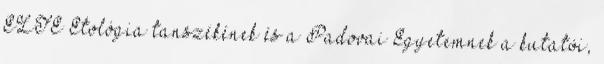
ELTE Etológia tanszékének és a Padovai Egyetemnek a kutatói,